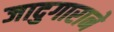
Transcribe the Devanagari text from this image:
जादुगाराने